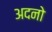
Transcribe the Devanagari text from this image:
अदनो